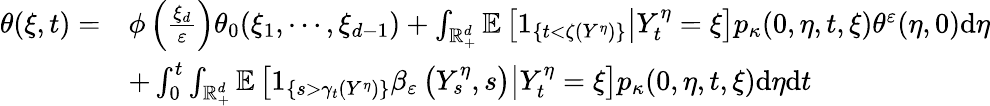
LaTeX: \begin{array}{rl}{\theta(\xi,t)=}&{\phi\left(\frac{\xi_{d}}{\varepsilon}\right)\theta_{0}(\xi_{1},\cdots,\xi_{d-1})+\int_{\mathbb{R}_{+}^{d}}\mathbb{E}\left[\left.1_{\{ t<\zeta(Y^{\eta})\} }\right|Y_{t}^{\eta}=\xi\right]p_{\kappa}(0,\eta,t,\xi)\theta^{\varepsilon}(\eta,0)\mathrm{d}\eta}\\ &{+\int_{0}^{t}\int_{\mathbb{R}_{+}^{d}}\mathbb{E}\left[\left.1_{\left\{ s>\gamma_{t}(Y^{\eta})\right\} }\beta_{\varepsilon}\left(Y_{s}^{\eta},s\right)\right|Y_{t}^{\eta}=\xi\right]p_{\kappa}(0,\eta,t,\xi)\mathrm{d}\eta\mathrm{d}t}\end{array}